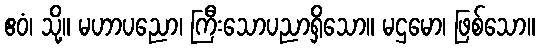
ဧဝံ၊ သို့။ မဟာပညော၊ ကြီးသောပညာရှိသော။ မဌမော၊ ဖြစ်သော။